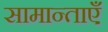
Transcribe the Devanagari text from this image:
सामान्ताएँ